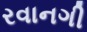
રવાનગી